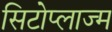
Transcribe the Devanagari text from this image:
सिटोप्लाज्म